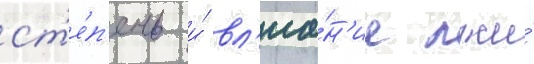
ст'е́п'ень и́ вл'иа́н'ие лжи́